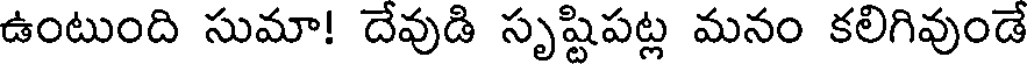
ఉంటుంది సుమా! దేవుడి సృష్టిపట్ల మనం కలిగివుండే